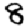
Digit: 8